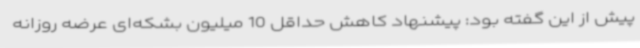
پیش از این گفته بود: پیشنهاد کاهش حداقل 10 میلیون بشکه‌ای عرضه روزانه